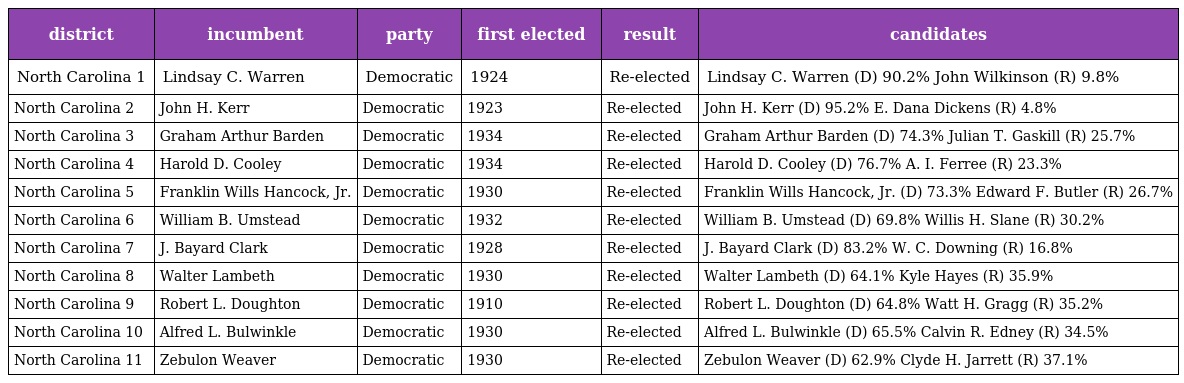
| district | incumbent | party | first elected | result | candidates |
 | --- | --- | --- | --- | --- | --- |
 | North Carolina 1 | Lindsay C. Warren | Democratic | 1924 | Re-elected | Lindsay C. Warren (D) 90.2% John Wilkinson (R) 9.8% |
 | North Carolina 2 | John H. Kerr | Democratic | 1923 | Re-elected | John H. Kerr (D) 95.2% E. Dana Dickens (R) 4.8% |
 | North Carolina 3 | Graham Arthur Barden | Democratic | 1934 | Re-elected | Graham Arthur Barden (D) 74.3% Julian T. Gaskill (R) 25.7% |
 | North Carolina 4 | Harold D. Cooley | Democratic | 1934 | Re-elected | Harold D. Cooley (D) 76.7% A. I. Ferree (R) 23.3% |
 | North Carolina 5 | Franklin Wills Hancock, Jr. | Democratic | 1930 | Re-elected | Franklin Wills Hancock, Jr. (D) 73.3% Edward F. Butler (R) 26.7% |
 | North Carolina 6 | William B. Umstead | Democratic | 1932 | Re-elected | William B. Umstead (D) 69.8% Willis H. Slane (R) 30.2% |
 | North Carolina 7 | J. Bayard Clark | Democratic | 1928 | Re-elected | J. Bayard Clark (D) 83.2% W. C. Downing (R) 16.8% |
 | North Carolina 8 | Walter Lambeth | Democratic | 1930 | Re-elected | Walter Lambeth (D) 64.1% Kyle Hayes (R) 35.9% |
 | North Carolina 9 | Robert L. Doughton | Democratic | 1910 | Re-elected | Robert L. Doughton (D) 64.8% Watt H. Gragg (R) 35.2% |
 | North Carolina 10 | Alfred L. Bulwinkle | Democratic | 1930 | Re-elected | Alfred L. Bulwinkle (D) 65.5% Calvin R. Edney (R) 34.5% |
 | North Carolina 11 | Zebulon Weaver | Democratic | 1930 | Re-elected | Zebulon Weaver (D) 62.9% Clyde H. Jarrett (R) 37.1% |